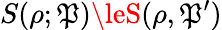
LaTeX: S(\rho;\mathfrak{P})\leS(\rho,\mathfrak{P}^{\prime})